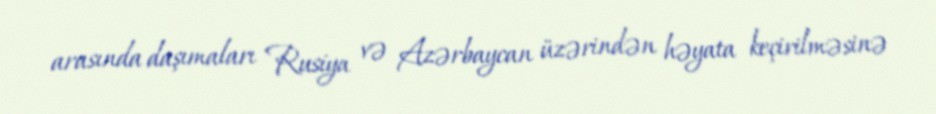
arasında daşımaları Rusiya və Azərbaycan üzərindən həyata keçirilməsinə